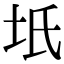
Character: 坁